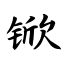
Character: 锨